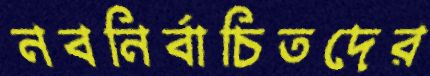
নবনির্বাচিতদের